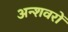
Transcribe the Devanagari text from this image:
अन्शवरों